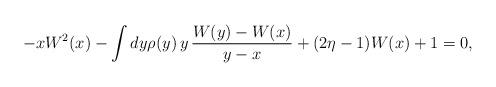
LaTeX: \begin{align*} -xW^2(x)-\int dy\rho (y)\,y\,\frac{W(y)-W(x)}{y-x}+(2\eta -1)W(x)+1=0,\end{align*}